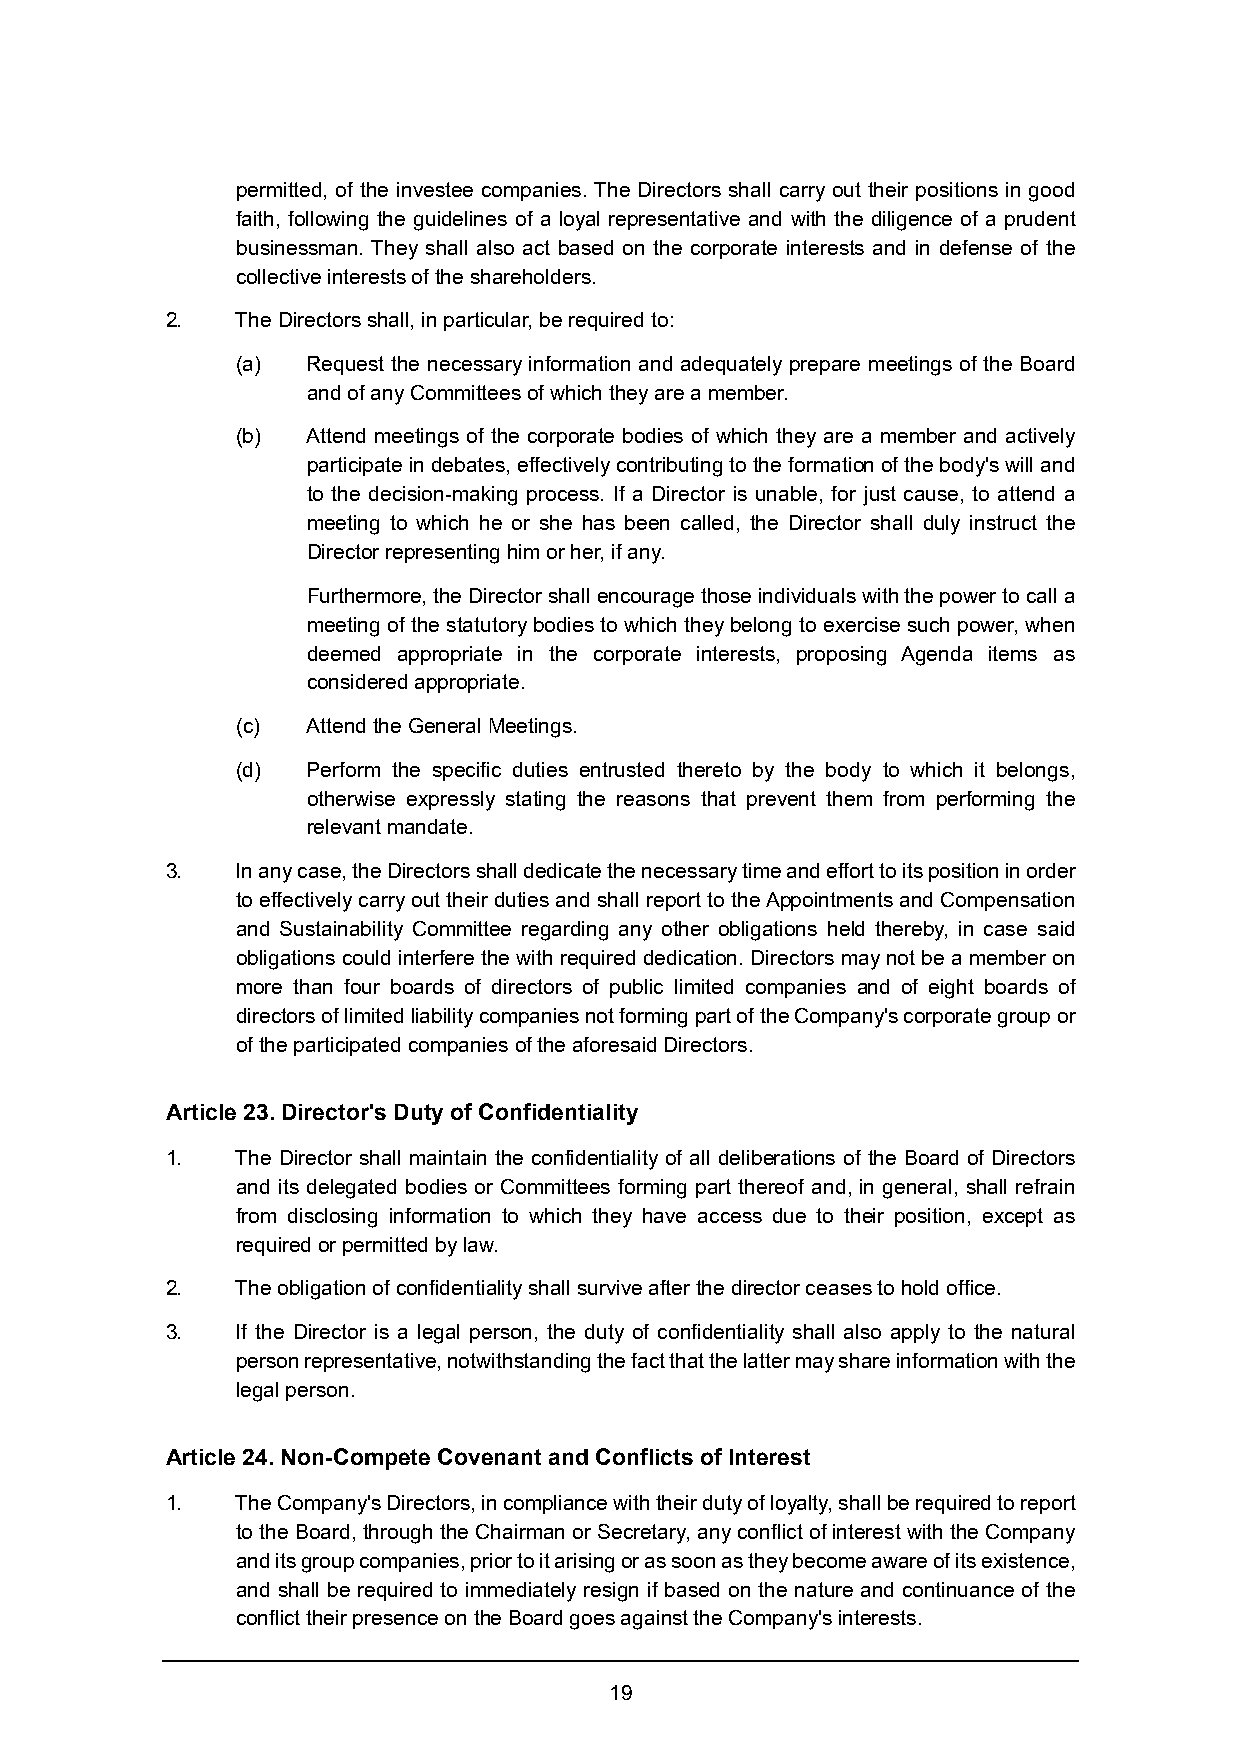
permitted, of the investee companies. The Directors shall carry out their positions in good
 faith, following the guidelines of a loyal representative and with the diligence of a prudent
 businessman. They shall also act based on the corporate interests and in defense of the
 collective interests of the shareholders.
 2.   The Directors shall, in particular, be required to:
 (a) Request the necessary information and adequately prepare meetings of the Board
 and of any Committees of which they are a member.
 (b) Attend meetings of the corporate bodies of which they are a member and actively
 participate in debates, effectively contributing to the formation of the body's will and
 to the decision-making process. If a Director is unable, for just cause, to attend a
 meeting to which he or she has been called, the Director shall duly instruct the
 Director representing him or her, if any.
 Furthermore, the Director shall encourage those individuals with the power to call a
 meeting of the statutory bodies to which they belong to exercise such power, when
 deemed appropriate in the corporate interests, proposing Agenda items as
 considered appropriate.
 (c) Attend the General Meetings.
 (d) Perform the specific duties entrusted thereto by the body to which it belongs,
 otherwise expressly stating the reasons that prevent them from performing the
 relevant mandate.
 3.   In any case, the Directors shall dedicate the necessary time and effort to its position in order
 to effectively carry out their duties and shall report to the Appointments and Compensation
 and Sustainability Committee regarding any other obligations held thereby, in case said
 obligations could interfere the with required dedication. Directors may not be a member on
 more than four boards of directors of public limited companies and of eight boards of
 directors of limited liability companies not forming part of the Company's corporate group or
 of the participated companies of the aforesaid Directors.
 Article 23. Director's Duty of Confidentiality
 1.   The Director shall maintain the confidentiality of all deliberations of the Board of Directors
 and its delegated bodies or Committees forming part thereof and, in general, shall refrain
 from disclosing information to which they have access due to their position, except as
 required or permitted by law.
 2.   The obligation of confidentiality shall survive after the director ceases to hold office.
 3.   If the Director is a legal person, the duty of confidentiality shall also apply to the natural
 person representative, notwithstanding the fact that the latter may share information with the
 legal person.
 Article 24. Non-Compete Covenant and Conflicts of Interest
 1.   The Company's Directors, in compliance with their duty of loyalty, shall be required to report
 to the Board, through the Chairman or Secretary, any conflict of interest with the Company
 and its group companies, prior to it arising or as soon as they become aware of its existence,
 and shall be required to immediately resign if based on the nature and continuance of the
 conflict their presence on the Board goes against the Company's interests.
 19